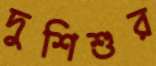
দুশিশুর